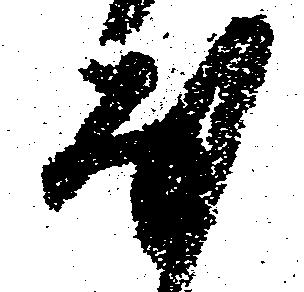
な